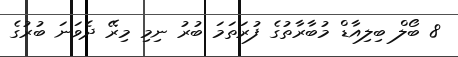
8 ބޯލް ބިލިއާޑް މުބާރާތުގެ ފުރަތަމަ ބުރު ނިމި މިރޭ ދެވަނަ ބުރުގެ